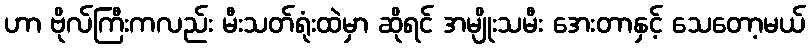
ဟာ ဗိုလ်ကြီးကလည်း မီးသတ်ရုံးထဲမှာ ဆိုရင် အမျိုးသမီး အေးတာနှင့် သေတော့မယ်